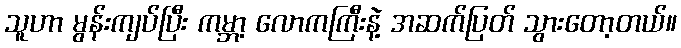
သူဟာ မွန်းကျပ်ပြီး ကမ္ဘာ့ လောကကြီးနဲ့ အဆက်ပြတ် သွားတော့တယ်။